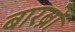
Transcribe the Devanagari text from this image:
बारब्रो